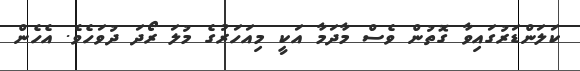
ކަލަންޑަރުގައިވާ ގޮތުން ވެސް މާދަމާ އަކީ މިއަހަރުގެ މުލަ ރޯދަ ދުވަހެވެ. އެހެން